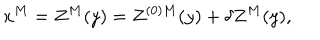
x ^ { M } = Z ^ { M } ( y ) = Z ^ { ( 0 ) M } ( y ) + \delta Z ^ { M } ( y ) ,